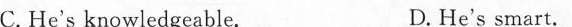
( )9.A.At 6:00. B. At 6:15. C.At 6:30. D.At 7:00.